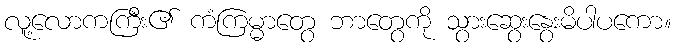
လူ့လောကကြီး၏ ကံကြမ္မာတွေ ဘာတွေကို သွားဆွေးနွေးမိပါပကော။